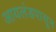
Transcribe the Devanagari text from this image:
आयलंडपासून